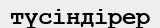
түсіндірер